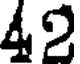
42